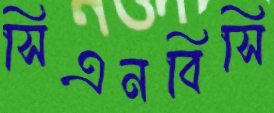
সিএনবিসি